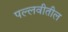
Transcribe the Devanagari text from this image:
पल्लवीतील